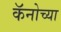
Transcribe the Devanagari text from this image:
कॅनोच्या